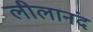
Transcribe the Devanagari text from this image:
लीलानंद